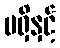
မရှိနှင့်